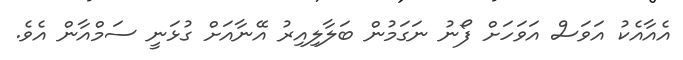
އެއާއެކު އަވަސް އަވަހަށް ފޯނު ނަގަމުން ބަލާލިއިރު އޭނާއަށް ގުޅަނީ ސަމްއާން އެވެ.